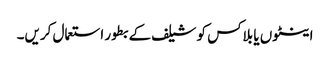
اینٹوں یا بلاکس کو شیلف کے بطور استعمال کریں۔